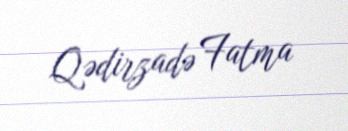
Qədirzadə Fatma